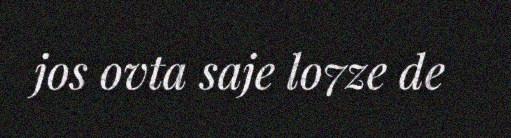
jos ovta saje lo7ze de